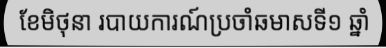
ខែមិថុនា របាយការណ៍ប្រចាំឆមាសទី១ ឆ្នាំ